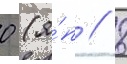
0 (я́п // 8